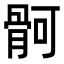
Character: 䯊